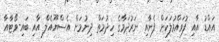
އައްޑު އާއި ފުވައްމުލަކަށް ފެނާއި ނަރުދަމާގެ ހިދުމަތް ދިނުމަށް އެސްޔޫއެލް އާއި ބައި-ވޯޓާއާ